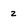
Character: 2